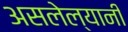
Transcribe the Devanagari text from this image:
असलेल्यानी